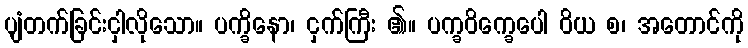
ပျံတက်ခြင်းငှါလိုသော။ ပက္ခိနော၊ ငှက်ကြီး ၏။ ပက္ခဝိက္ခေပေါ ဝိယ စ၊ အတောင်ကို